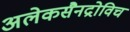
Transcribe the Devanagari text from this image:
अलेकसैनद्रोविच